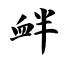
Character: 衅